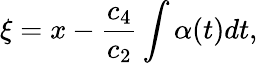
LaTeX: \xi=x-\frac{c_{4}}{c_{2}}\int\alpha(t)dt,